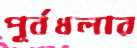
পূর্বধলার